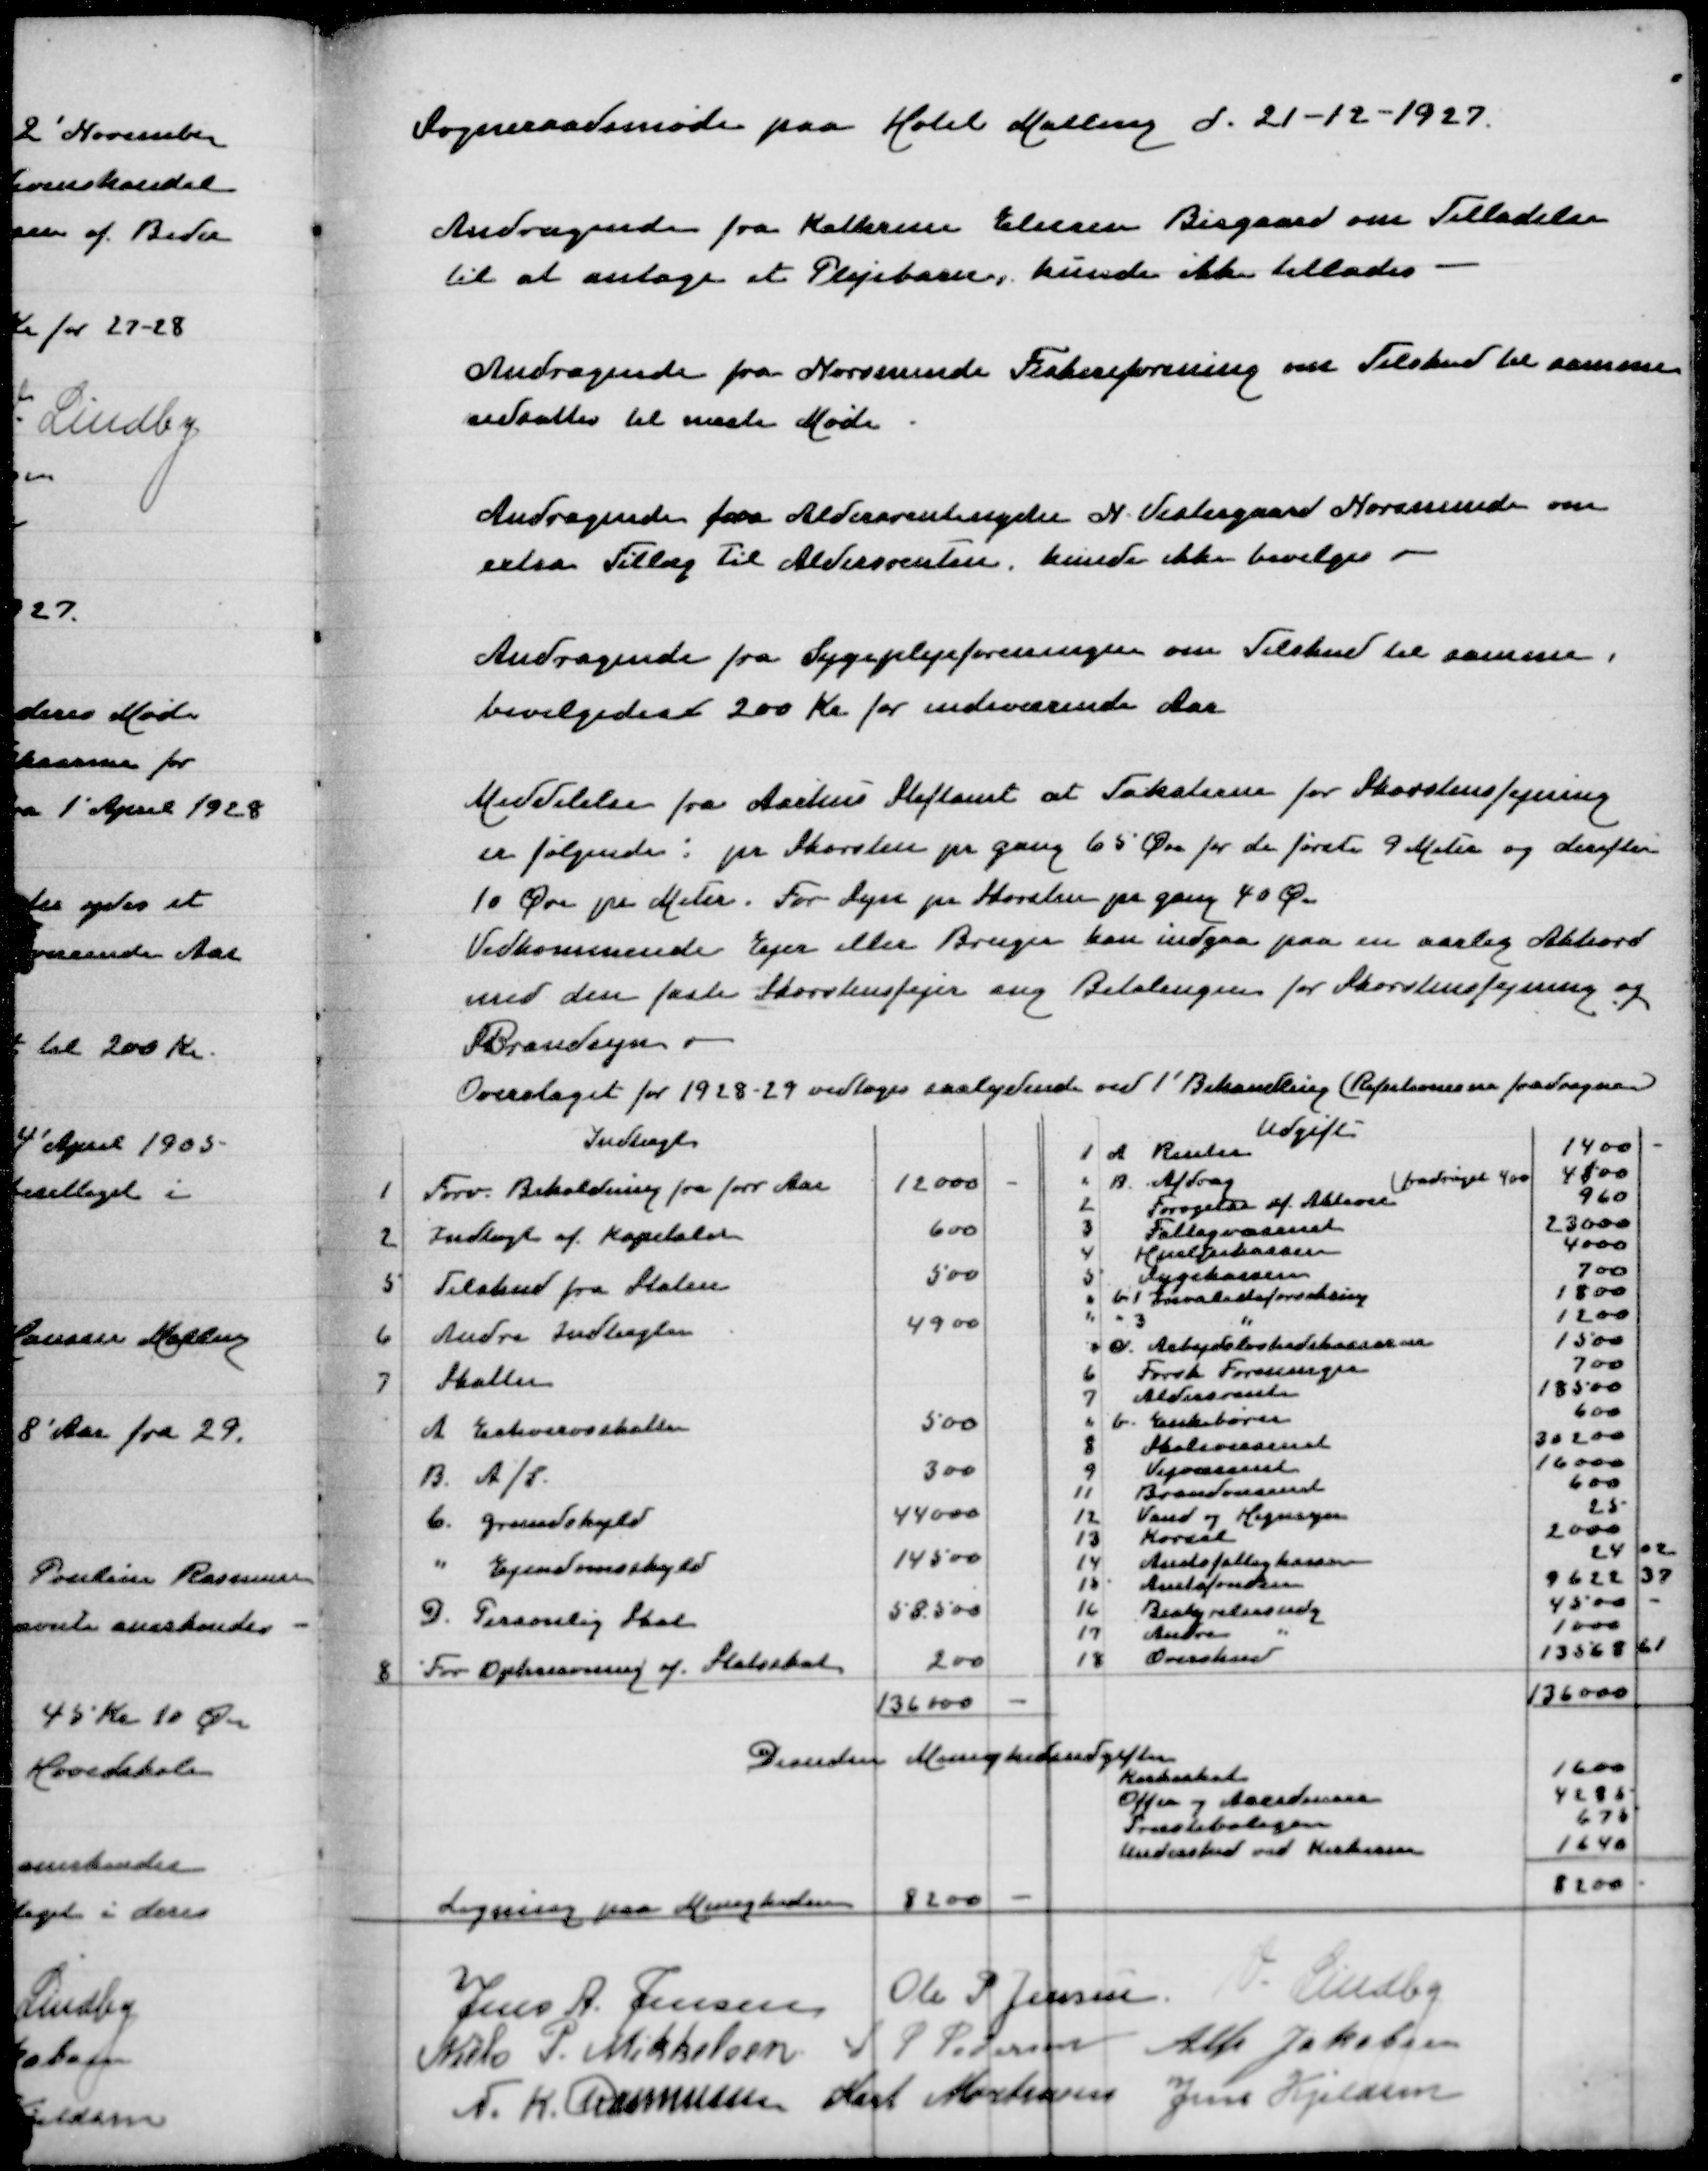
Transskription:
Sogneraadsmøde paa Hotel Malling d 21-12-1927

Andragende fra Kathrine Eliesen Bisgaard om  Tilladelse
til at antage et Plejebarn, kunde ikke tillades

Andragende fra Norsminde Fiskeriforening om Tilskud til samme
udsattes til næste Møde

Andragende fra Aldersrentenyder N Vestergaard Norsminde om
extra Tillæg til Aldersrenten, kunde ikke bevilges

Andragende fra Sygeplejeforeningen om Tilskud til samme
bevilgedes 200 Kr for indeværende Aar

Meddelelse fra Aarhus Stiftamt at Taksterne for Skorstensfejning
er følgende: pr Skorsten pr gang 65 Øre for de første 9 Meter og derefter
10 Øre pr Meter. For Syn pr Skorsten pr gang 40 Øre
Vedkommende Ejer eller Bruger kan indgaa paa en aarlig Akkord
med den faste Skorstensfejer ang Betalingen for Skorstensfejning og
Brandsyn
Overslaget for 1928-29 vedtoges saalydende ved 1' Behandling (Refutionerne fradragne)

Jens A Jensen
Ole P Jensen
V Lindby
Niels P Mikkelsen
S P Pedersen
Alfr Jakobsen
N K Rasmussen
Karl Mortensen
Jens Kjeldsen